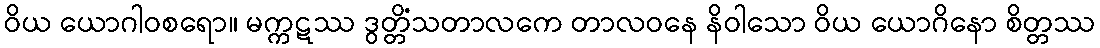
ဝိယ ယောဂါဝစရော။ မက္ကဋဿ ဒွတ္တိံသတာလကေ တာလဝနေ နိဝါသော ဝိယ ယောဂိနော စိတ္တဿ